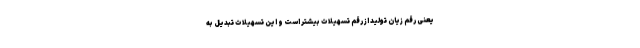
یعنی رقم زیان تولید از رقم تسهیلات بیشتر است و این تسهیلات تبدیل به